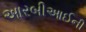
આરબીઆઈની